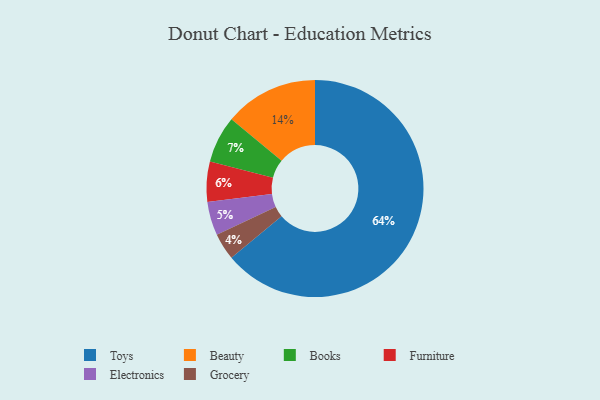
{"axis": {"x": "Category", "y": "Percentage"}, "legend": ["Beauty", "Books", "Electronics", "Furniture", "Grocery", "Toys"], "data": [{"x": "Furniture", "y": 6, "type": "Furniture"}, {"x": "Electronics", "y": 5, "type": "Electronics"}, {"x": "Books", "y": 7, "type": "Books"}, {"x": "Toys", "y": 64, "type": "Toys"}, {"x": "Grocery", "y": 4, "type": "Grocery"}, {"x": "Beauty", "y": 14, "type": "Beauty"}]}